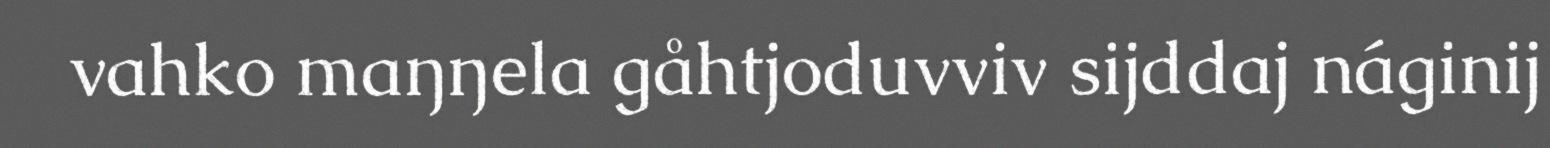
vahko maŋŋela gåhtjoduvviv sijddaj náginij